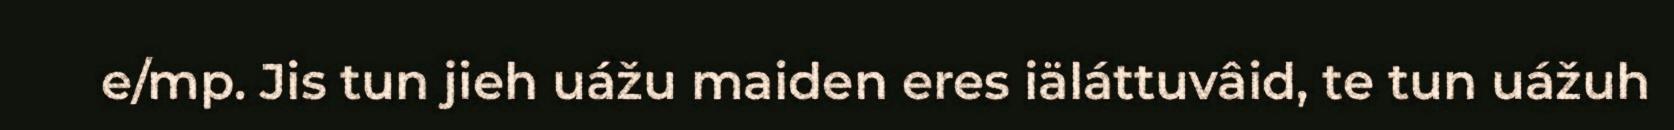
e/mp. Jis tun jieh uážu maiden eres iäláttuvâid, te tun uážuh